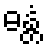
ဓန္တံ